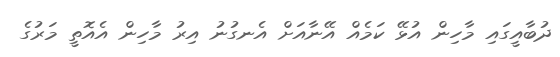
ދުބާއީގައި މާހިން އުޅޭ ކަމެއް އޭނާއަށް އެނގުނު އިރު މާހިން އެއޮތީ މަރުގެ